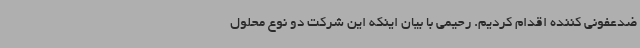
ضدعفونی کننده اقدام کردیم. رحیمی با بیان اینکه این شرکت دو نوع محلول